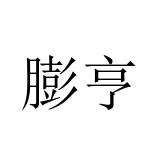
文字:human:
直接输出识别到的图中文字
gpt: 膨亨